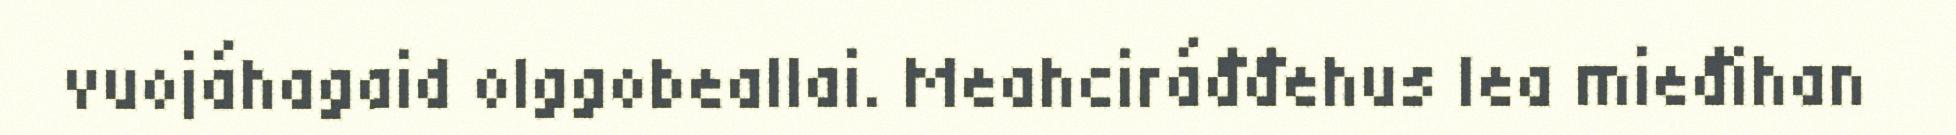
vuojáhagaid olggobeallai. Meahciráđđehus lea mieđihan